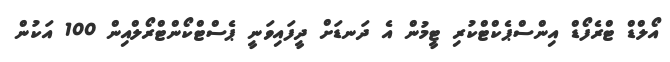
އޯލްޑް ޓްރެފޯޑް އިންސްޕެކްޓްކުރި ޓީމުން އެ ދަނޑަށް ދީފައިވަނީ ޕެސްޓްކޯންޓްރޯލްއިން 100 އަކުން